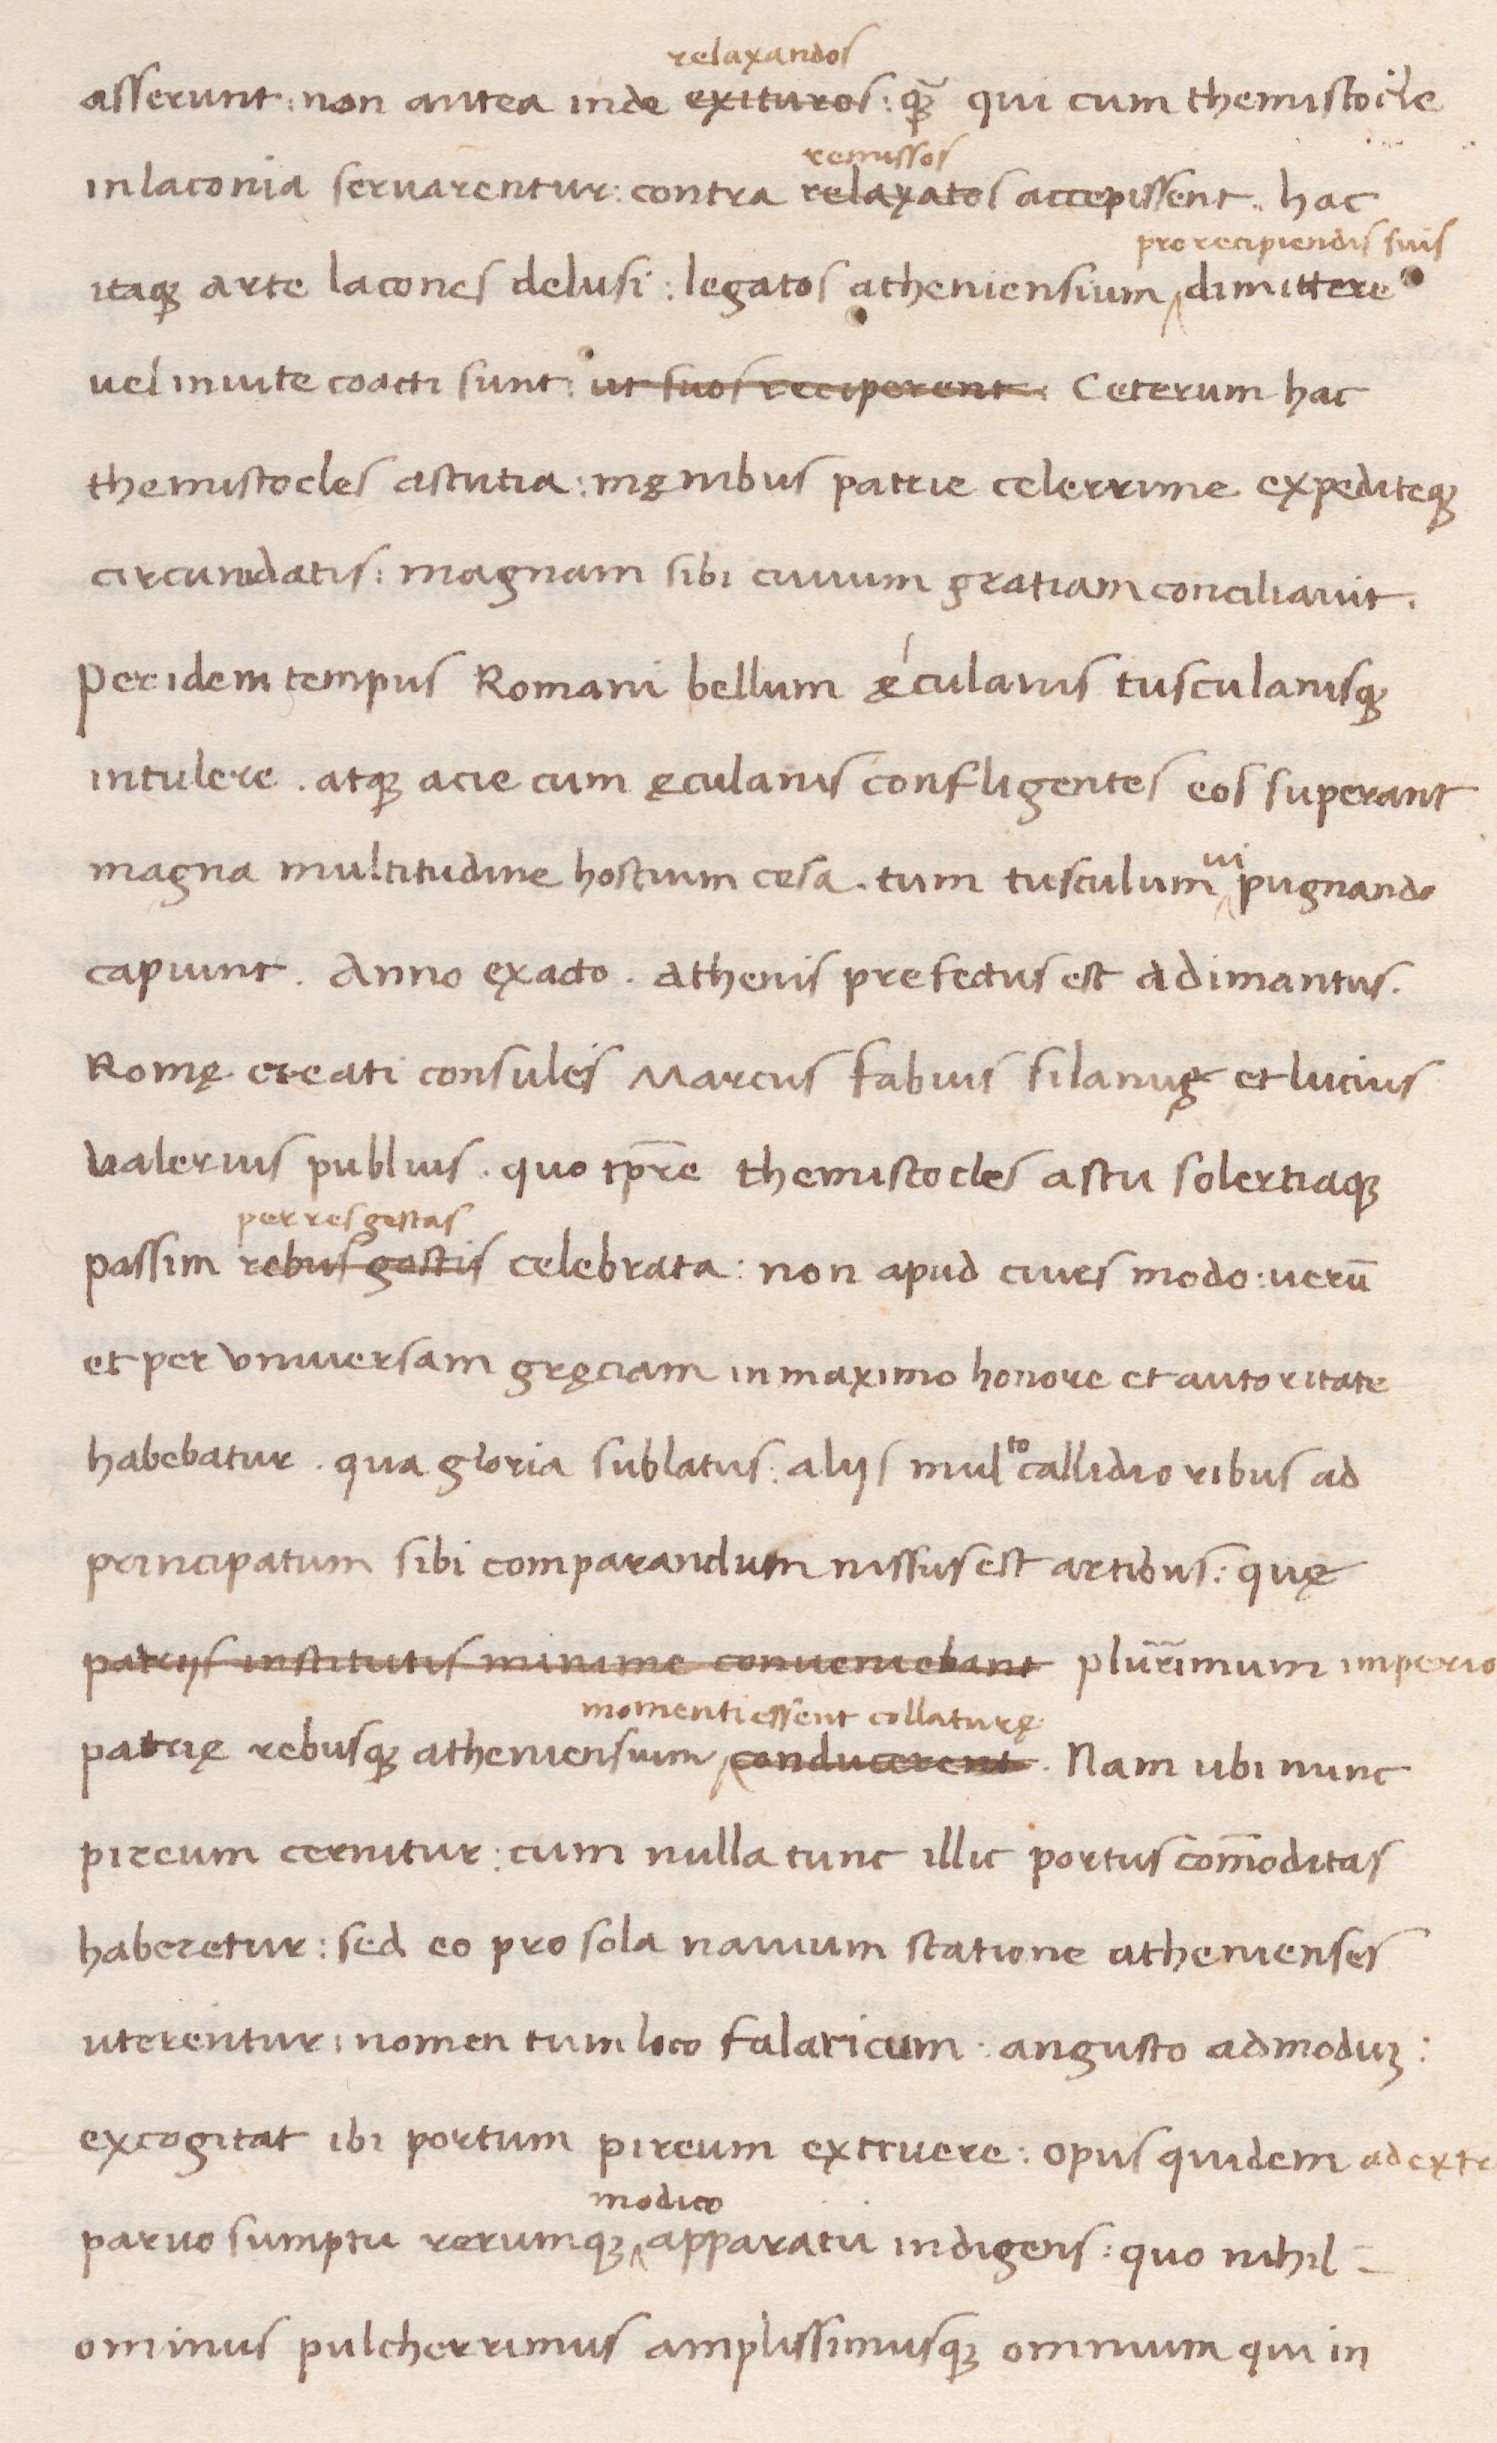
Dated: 1438–1468